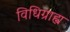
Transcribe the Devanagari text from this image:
विधिग्राह्य